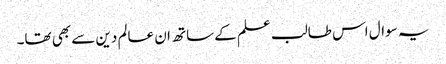
یہ سوال اس طالب علم کے ساتھ ان عالم دین سے بھی تھا۔